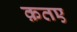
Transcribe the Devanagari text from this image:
क़तए